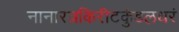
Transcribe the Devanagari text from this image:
नानारत्नकिरीटकुंडलधरं